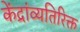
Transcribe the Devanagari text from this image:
केंद्रांव्यतिरिक्त